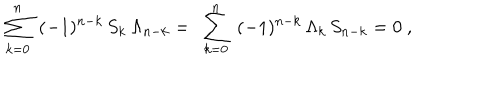
\sum _ { k = 0 } ^ { n } \ ( - 1 ) ^ { n - k } \, S _ { k } \, \Lambda _ { n - k } = \ \sum _ { k = 0 } ^ { n } \ ( - 1 ) ^ { n - k } \, \Lambda _ { k } \, S _ { n - k } = 0 \ ,